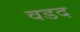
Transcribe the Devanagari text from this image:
वडद